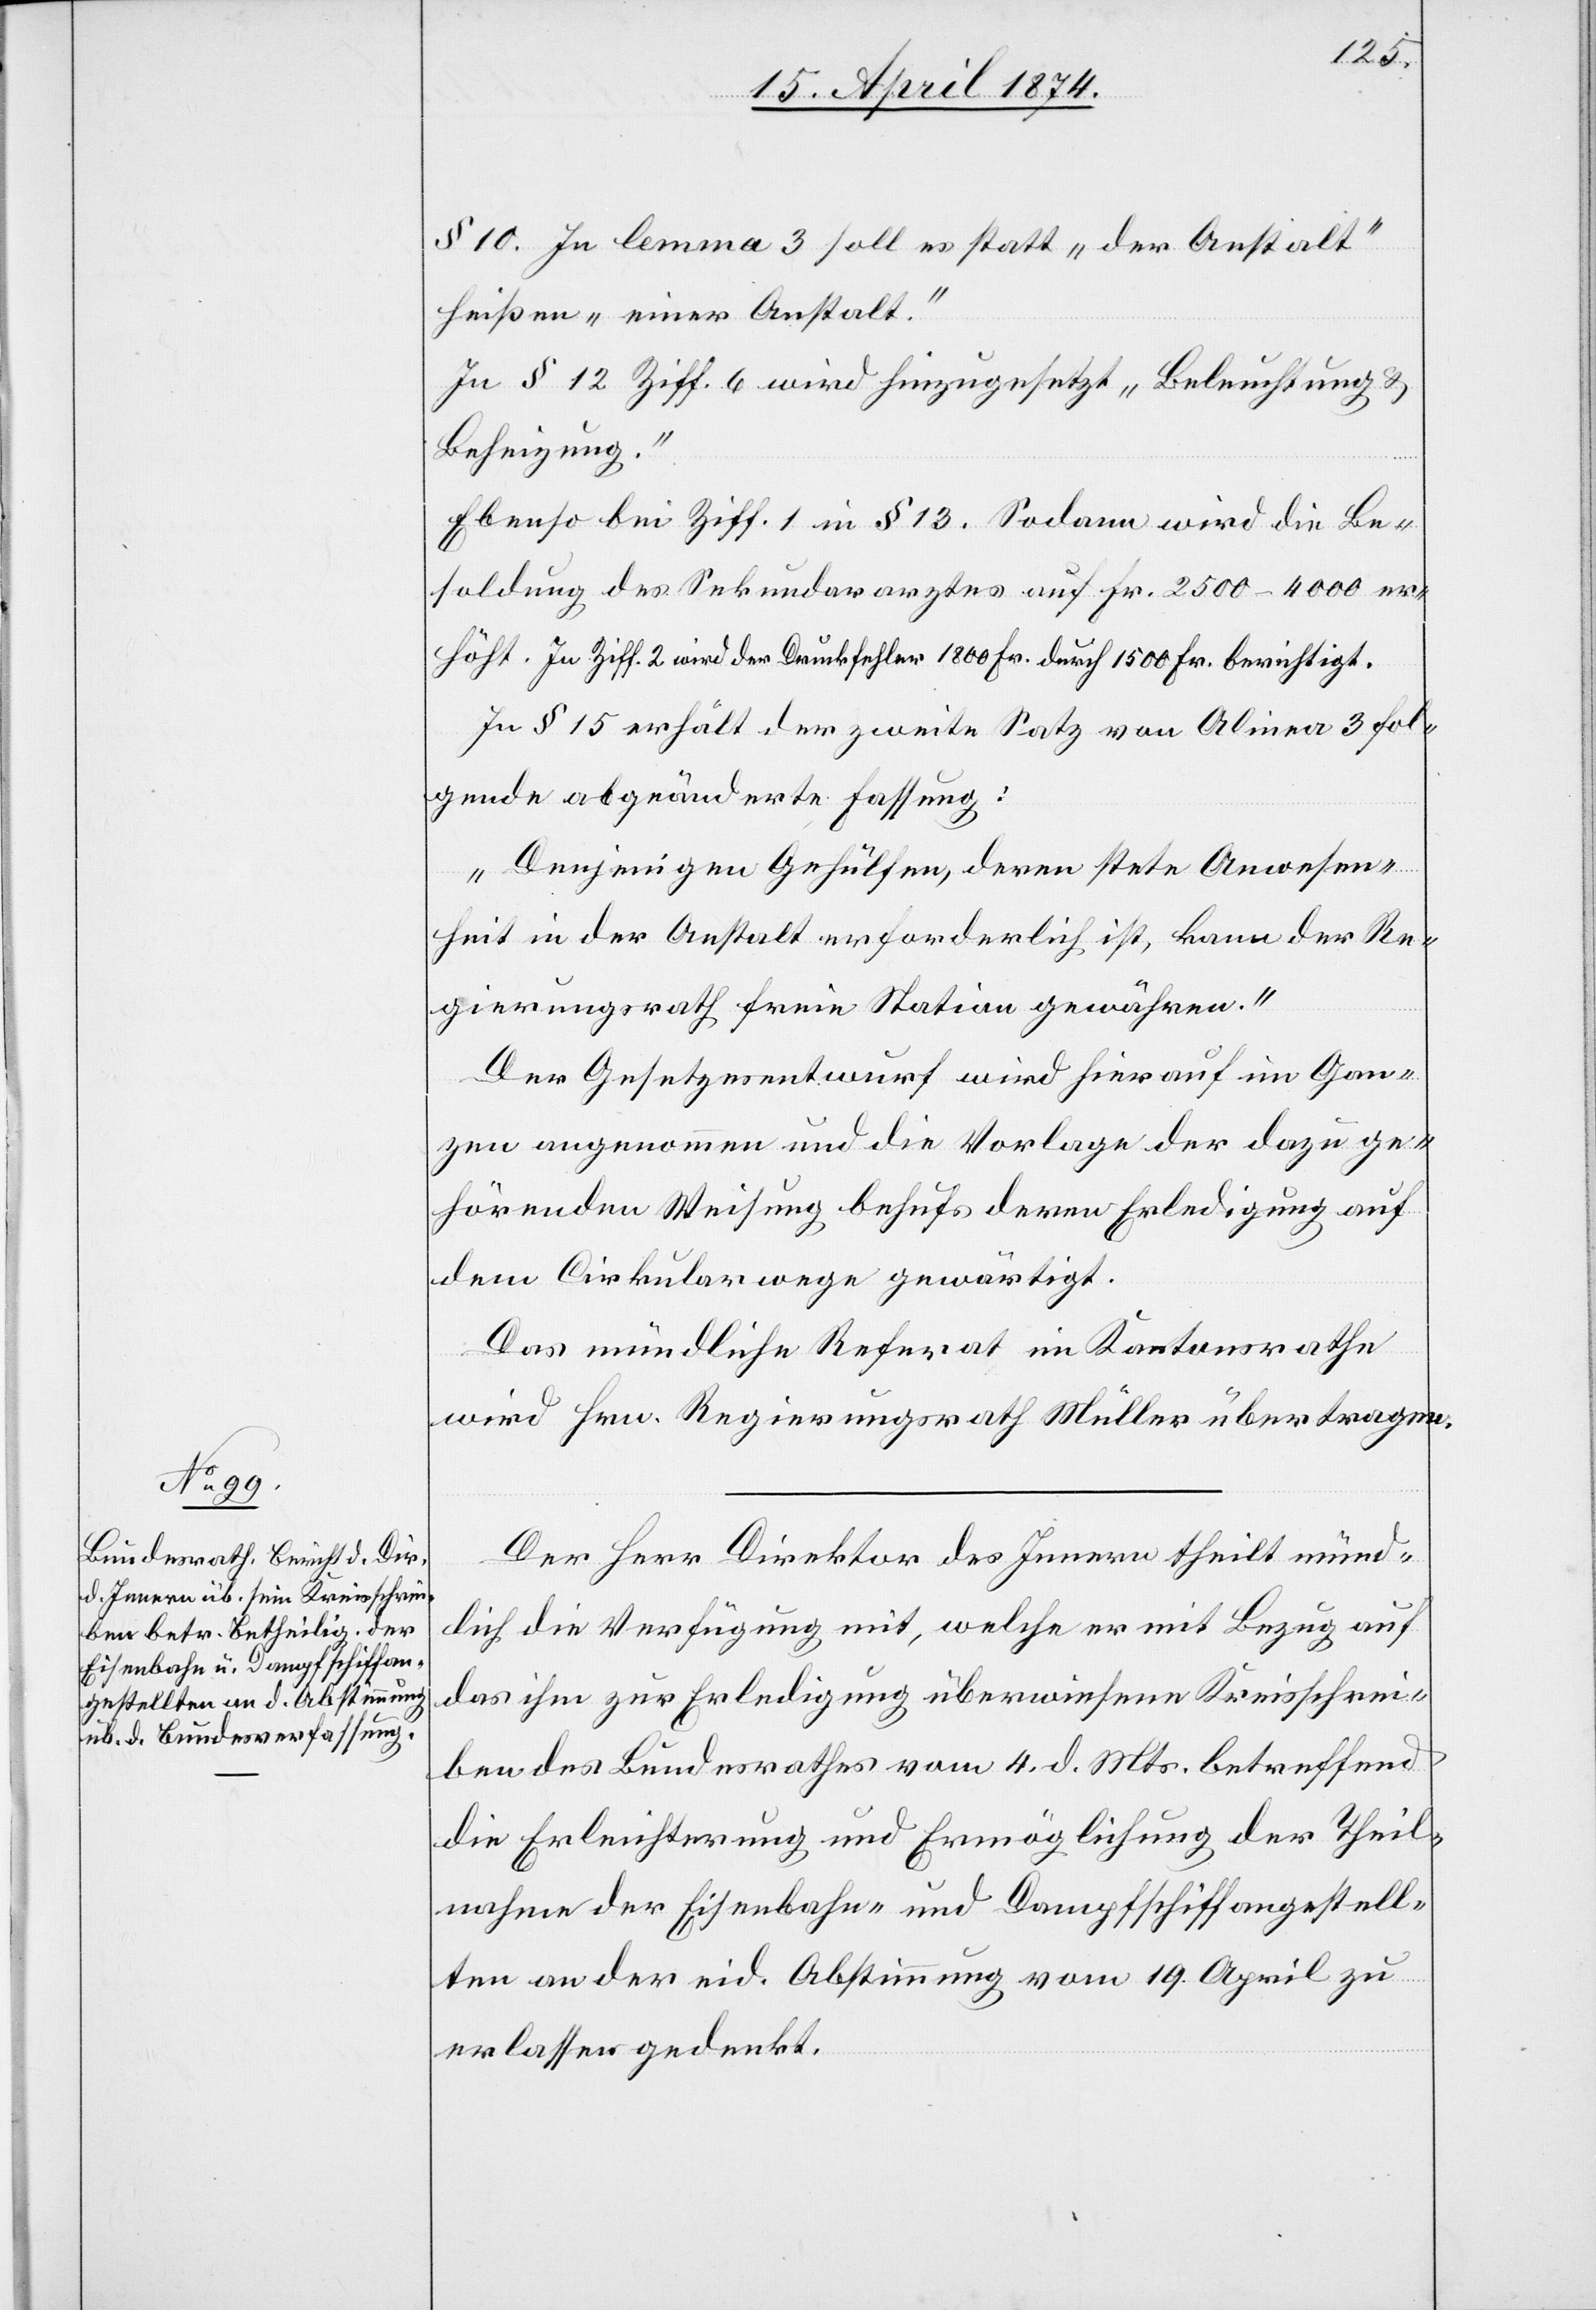
§ 10. In lemma 3 soll es statt „der Anstalt“
heißen „einer Anstalt.“
In § 12 Ziff. 6 wird hinzugesetzt „Beleuchtung u.
Beheizung.“
Ebenso bei Ziff. 1 in § 13. Sodann wird die Be¬
soldung des Sekundararztes auf Fr. 2500–4000 er¬
höht. In Ziff. 2 wird der Druckfehler 1800 Fr. durch 1500 Fr. berichtigt.
In § 15 erhält der zweite Satz von Alinea 3 fol¬
gende abgeänderte Fassung:
„Denjenigen Gehülfen, deren stete Anwesen¬
heit in der Anstalt erforderlich ist, kann der Re¬
gierungsrath freie Station gewähren.“
Der Gesetzesentwurf wird hierauf im Gan¬
zen angenommen und die Vorlage der dazu ge¬
hörenden Weisung behufs deren Erledigung auf
dem Cirkularwege gewärtigt.
Das mündliche Referat im Kantonsrathe
wird Hrn. Regierungsrath Müller übertragen.
Der Herr Direktor des Innern theilt münd¬
lich die Verfügung mit, welche er mit Bezug auf
das ihm zur Erledigung überwiesene Kreisschrei¬
ben des Bundesrathes vom 4. d. Mts. betreffend
die Erleichterung und Ermöglichung der Theil¬
nahme der Eisenbahn- und Dampfschiffangestell¬
ten an der eid. Abstimmung vom 19. April zu
erlassen gedenkt.